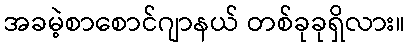
အခမဲ့စာစောင်ဂျာနယ် တစ်ခုခုရှိလား။